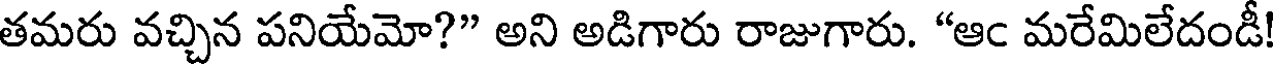
తమరు వచ్చిన పనియేమో?" అని అడిగారు రాజుగారు. "ఆఁ మరేమిలేదండీ